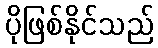
ပိုဖြစ်နိုင်သည်